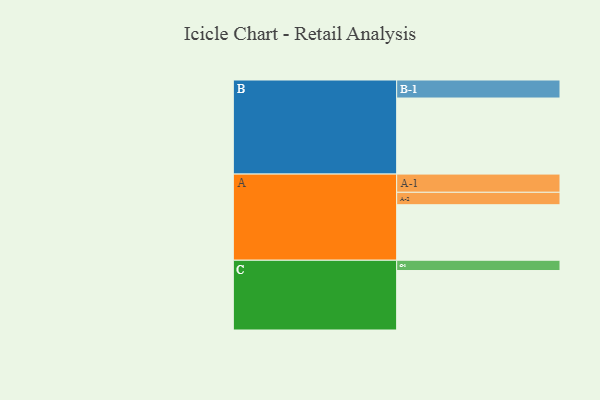
{"axis": {"x": "Segment", "y": "Value"}, "legend": ["", "A", "B", "C"], "data": [{"x": "A", "y": 308, "type": ""}, {"x": "B", "y": 422, "type": ""}, {"x": "C", "y": 330, "type": ""}, {"x": "A-1", "y": 101, "type": "A"}, {"x": "A-2", "y": 69, "type": "A"}, {"x": "B-1", "y": 100, "type": "B"}, {"x": "C-1", "y": 57, "type": "C"}]}